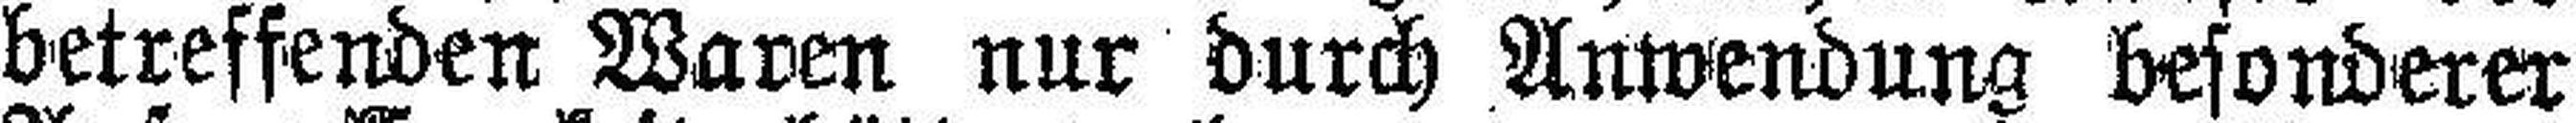
betreffenden Waren nur durch Anwendung besonderer